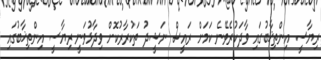
ރިޔާސީ އިންތިޚާބުގައި ވާދަކުރެވޭނެ ކަމަށް ރައީސް ނަޝީދު ތަކުރާރުކޮށް ވިދާޅުވަނީ ރިޔާސީ އިންތިޚާބުގައި